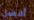
أفضل